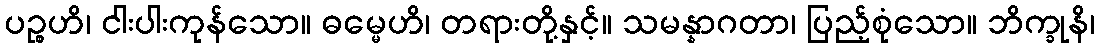
ပဉ္စဟိ၊ ငါးပါးကုန်သော။ ဓမ္မေဟိ၊ တရားတို့နှင့်။ သမန္နာဂတာ၊ ပြည့်စုံသော။ ဘိက္ခုနိ၊